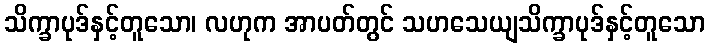
သိက္ခာပုဒ်နှင့်တူသော၊ လဟုက အာပတ်တွင် သဟသေယျသိက္ခာပုဒ်နှင့်တူသော